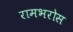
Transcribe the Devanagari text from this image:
रामभरोस